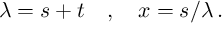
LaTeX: \lambda = s + t \quad , \quad x = s / \lambda \, .